V__Kingissepa_nim__kolhoos, lk 11
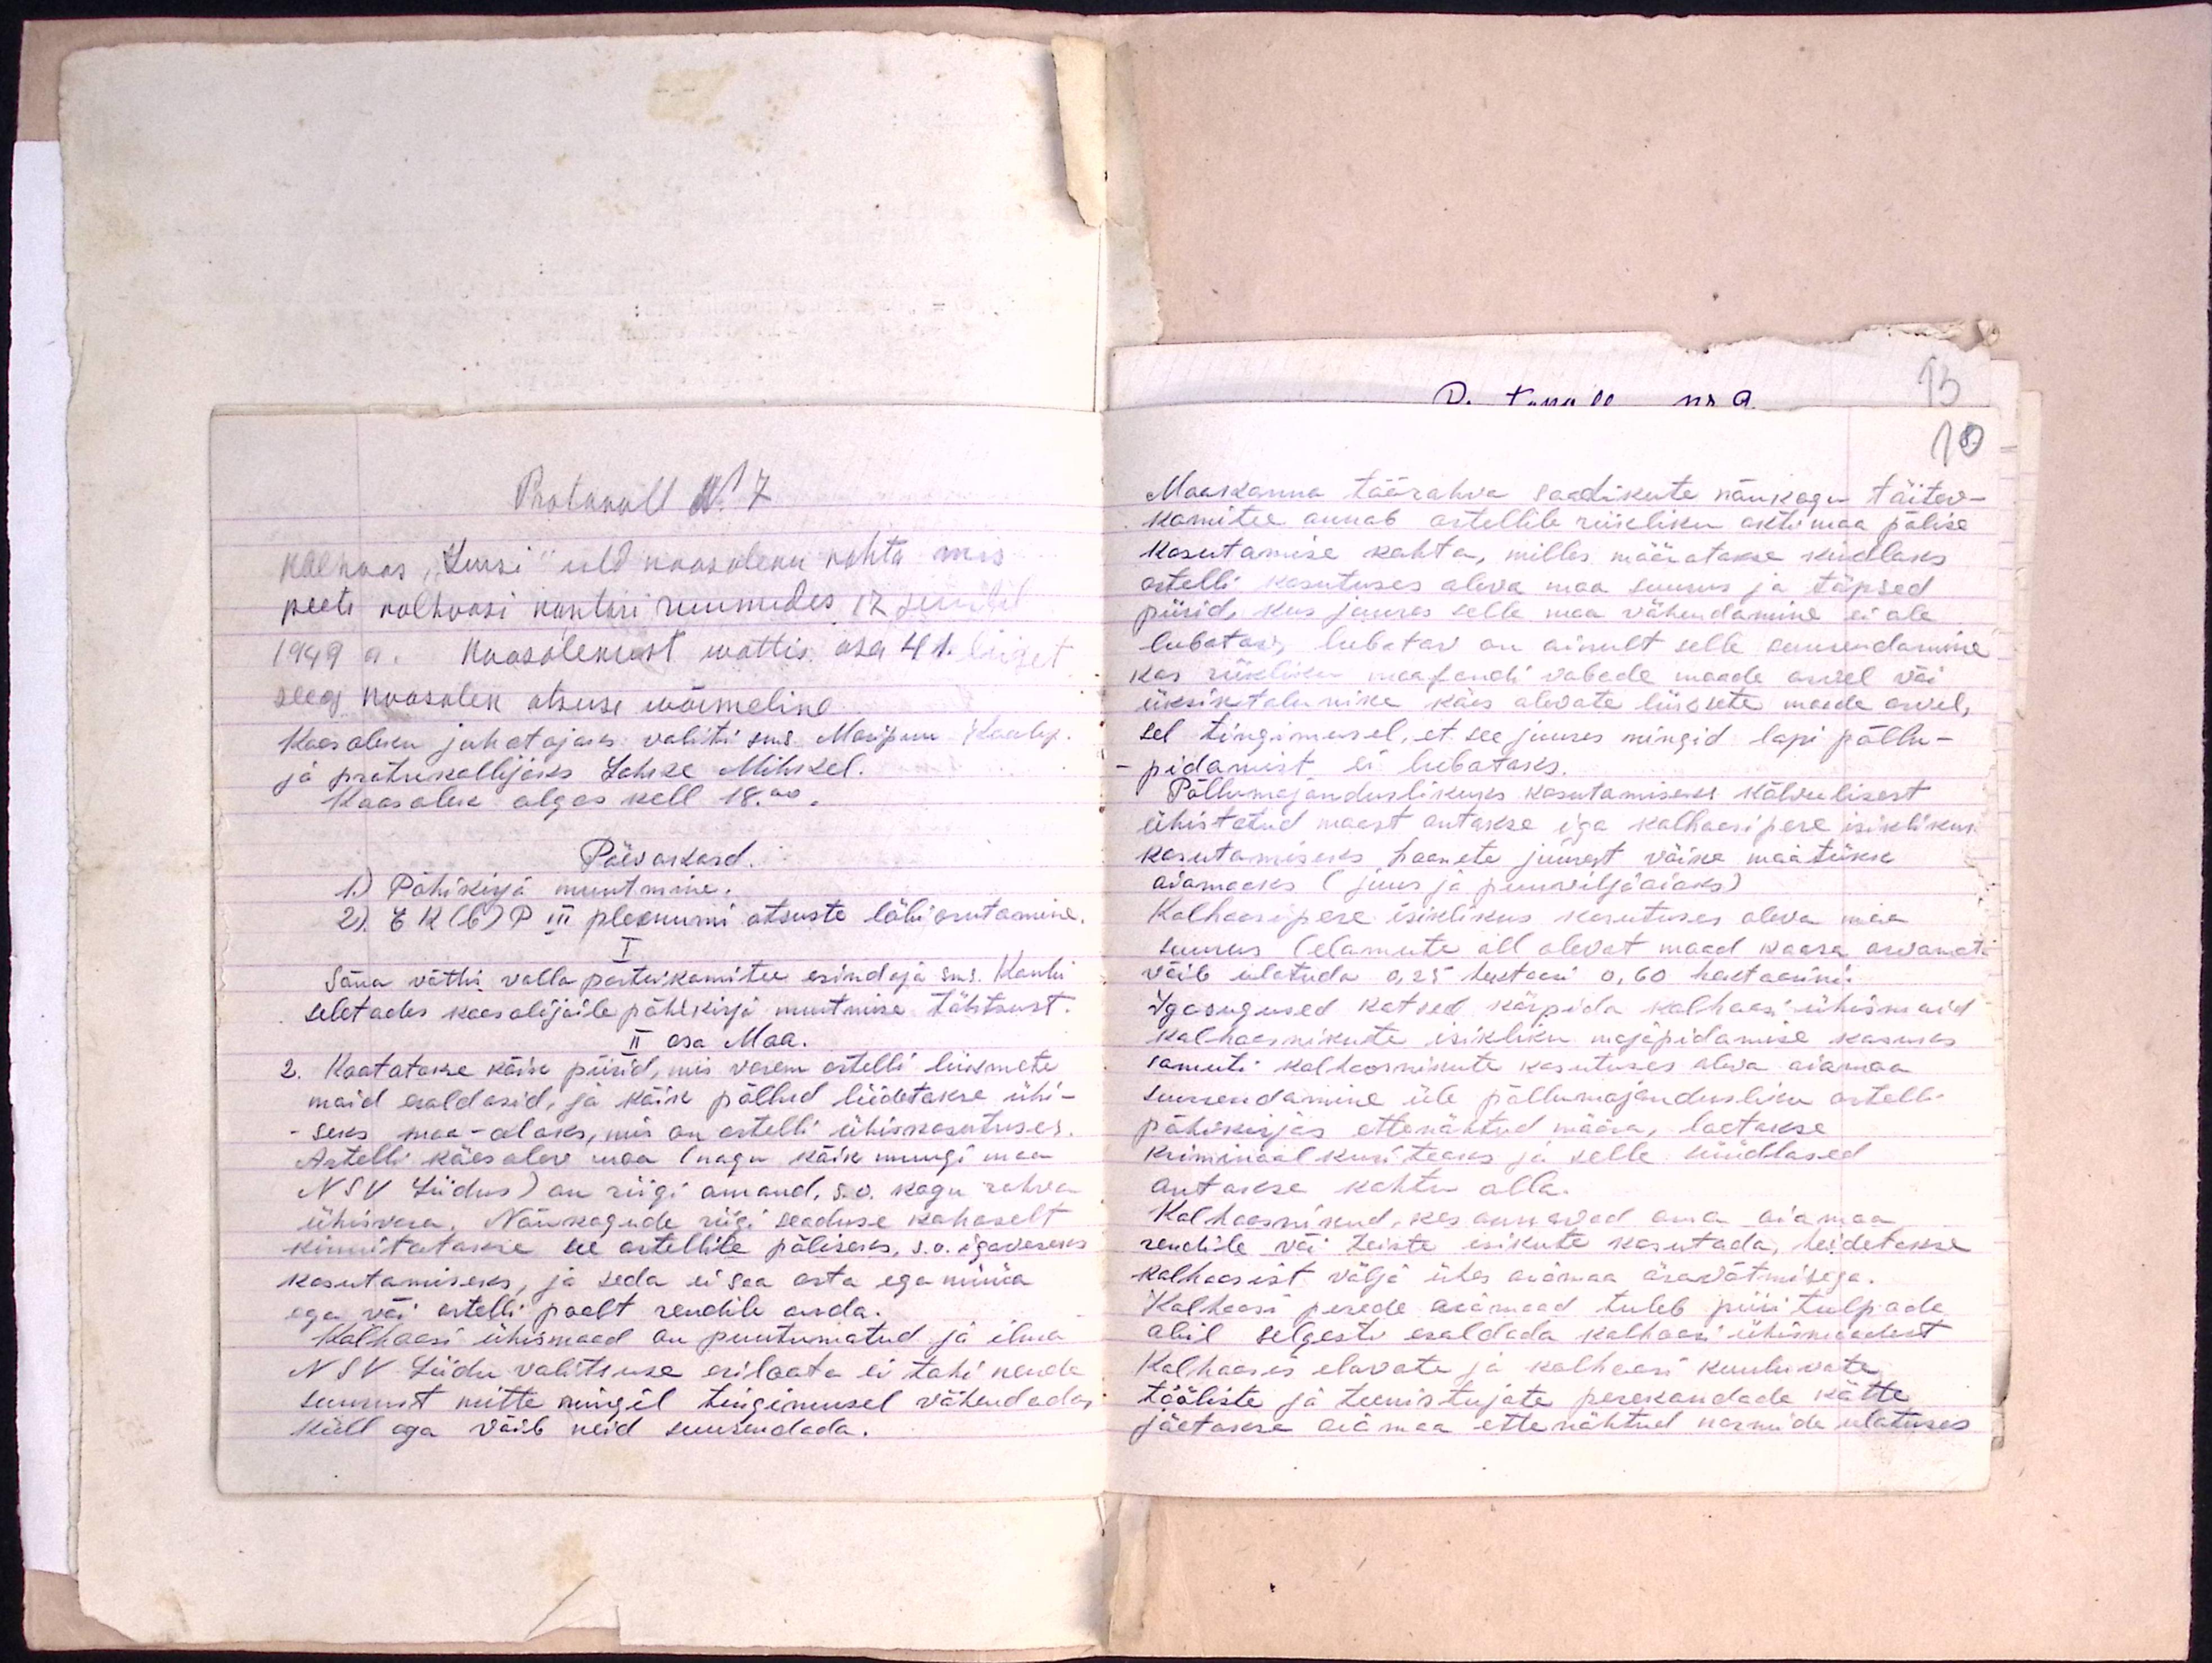
Protokoll N7
Kolhoos "Jursi" üld koosoleku kohta, mis
peeti kolhoosi kontori ruumides 17 juulil
1949 a. koosolekust wottis ase 41. liiget
seeg koosolek otsuse wõimeline
Koosoleku juhatajaks valiti sms. Maripuu Kaalep.
ja protokollijaks Lahke Mihkel.
Koosolek algas kell 18.00.
Päevakord.
1.) Põhikirja muutmine.
2) EK(b)P III pleenumi otsuste läbi arutamine.
I
Sõna võttis valla parteikomitee esindaja sms. Kaubi
seletades koosolijaile põhkirja muutmise tähtsust.
II osa Maa.
2. Kaotatakse kõik piirid, mis varem artelli liikmete
maid eraldasid, ja kõik põllud liidetakse ühi-
seks maa - alaks, mis on artelli ühiskasutuses.
Artelli käes olev maa (nagu kõik muugi maa
NSV Liidus) on riigi omand, s.o. kogu rahva
ühisvara. Nõukogude riigi seaduse kohaselt
kinnitatakse see artellile põliseks, s.o. igaveseks
kasutamiseks, ja seda ei saa osta ega müüa
ega või artelli poolt rendile anda.
Kolhoosi ühismaad on puutumatud ja ilma
NSV Liidu valitsuse eriloata ei tohi nende
suurust mitte mingil tingimusel vähendada
Küll aga võib neid suurendada.

10

Maakonna töörahva saadikute nõukogu täitev-
komitee annab artellile riikliku akti maa põlise
kasutamise kohta, milles määratakse kindlaks
artelli kasutuses oleva maa suurus ja täpsed
piirid, kus juures selle maa vähendamine ei ole
lubatav, lubatav on ainult selle suurendamine
Kas riikliku maafondi vabade maade arvel või
üksiktalunike käes olevate liikmete maade arvel,
sel tingimusel, et see juures mingid lapi põllu-
- pidamist ei lubataks.
Põllumajanduslikuks kasutamiseks kõlvulisest
ühistatud maast antakse iga kolhoosipere isiklikus
kasutamiseks hoonete juurest väike maatükk
aiamaaks (juur ja puuviljaaiaks)
Kolhoosipere isiklikus kasutuses oleva maa
suurus (elamuta all olevat maad kaasa arvamata
võib ulatuda 0,25 hektaari 0,60 hektaarini.
Igasugused katsed kärpida kolhoosi ühismaid
kolhoosnikute isikliku majapidamise kasuks
samuti kolhoosnikute kasutuses oleva aiamaa
suurendamine üle põllumajandusliku artelli
põhikirjas ettenähtud määra, loetakse
kriminaalkuriteoks ja selle süüdlased
antakse kohtu alla.
Kolhoosnikud, kes annavad oma aiamaa
rendile või teiste isikute kasutada, heidetakse
kolhoosist välja ühes aiamaa äravõtmisega.
Kolhoosi perede aiamaad tuleb piiri tulpade
abil selgesti eraldada kolhoosi ühismaadest
Kolhoosis elavate ja kolhoosi kuuluvate
tööliste ja teenistujate perekondade kätte
jäetakse aiamaa ettenähtud normide ulatuses